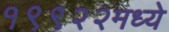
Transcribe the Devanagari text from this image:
१९९२२मध्ये